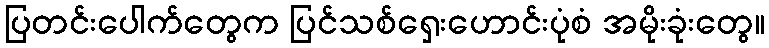
ပြတင်းပေါက်တွေက ပြင်သစ်ရှေးဟောင်းပုံစံ အမိုးခုံးတွေ။